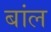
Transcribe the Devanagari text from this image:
बांल